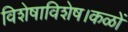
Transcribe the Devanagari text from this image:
विशेषाविशेष।कळों